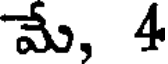
మే, 4